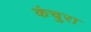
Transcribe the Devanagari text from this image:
कंचुरा